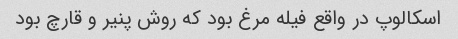
اسکالوپ در واقع فیله مرغ بود که روش پنیر و قارچ بود